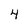
Character: 4